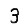
Digit: 3